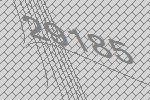
29185